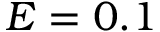
E = 0 . 1